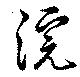
浣